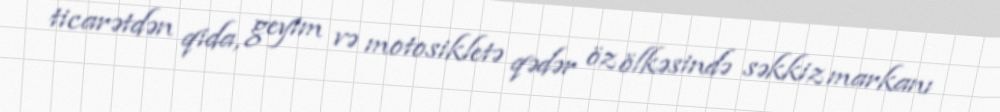
ticarətdən qida, geyim və motosikletə qədər öz ölkəsində səkkiz markanı